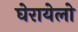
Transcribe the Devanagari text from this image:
घेरायेलो